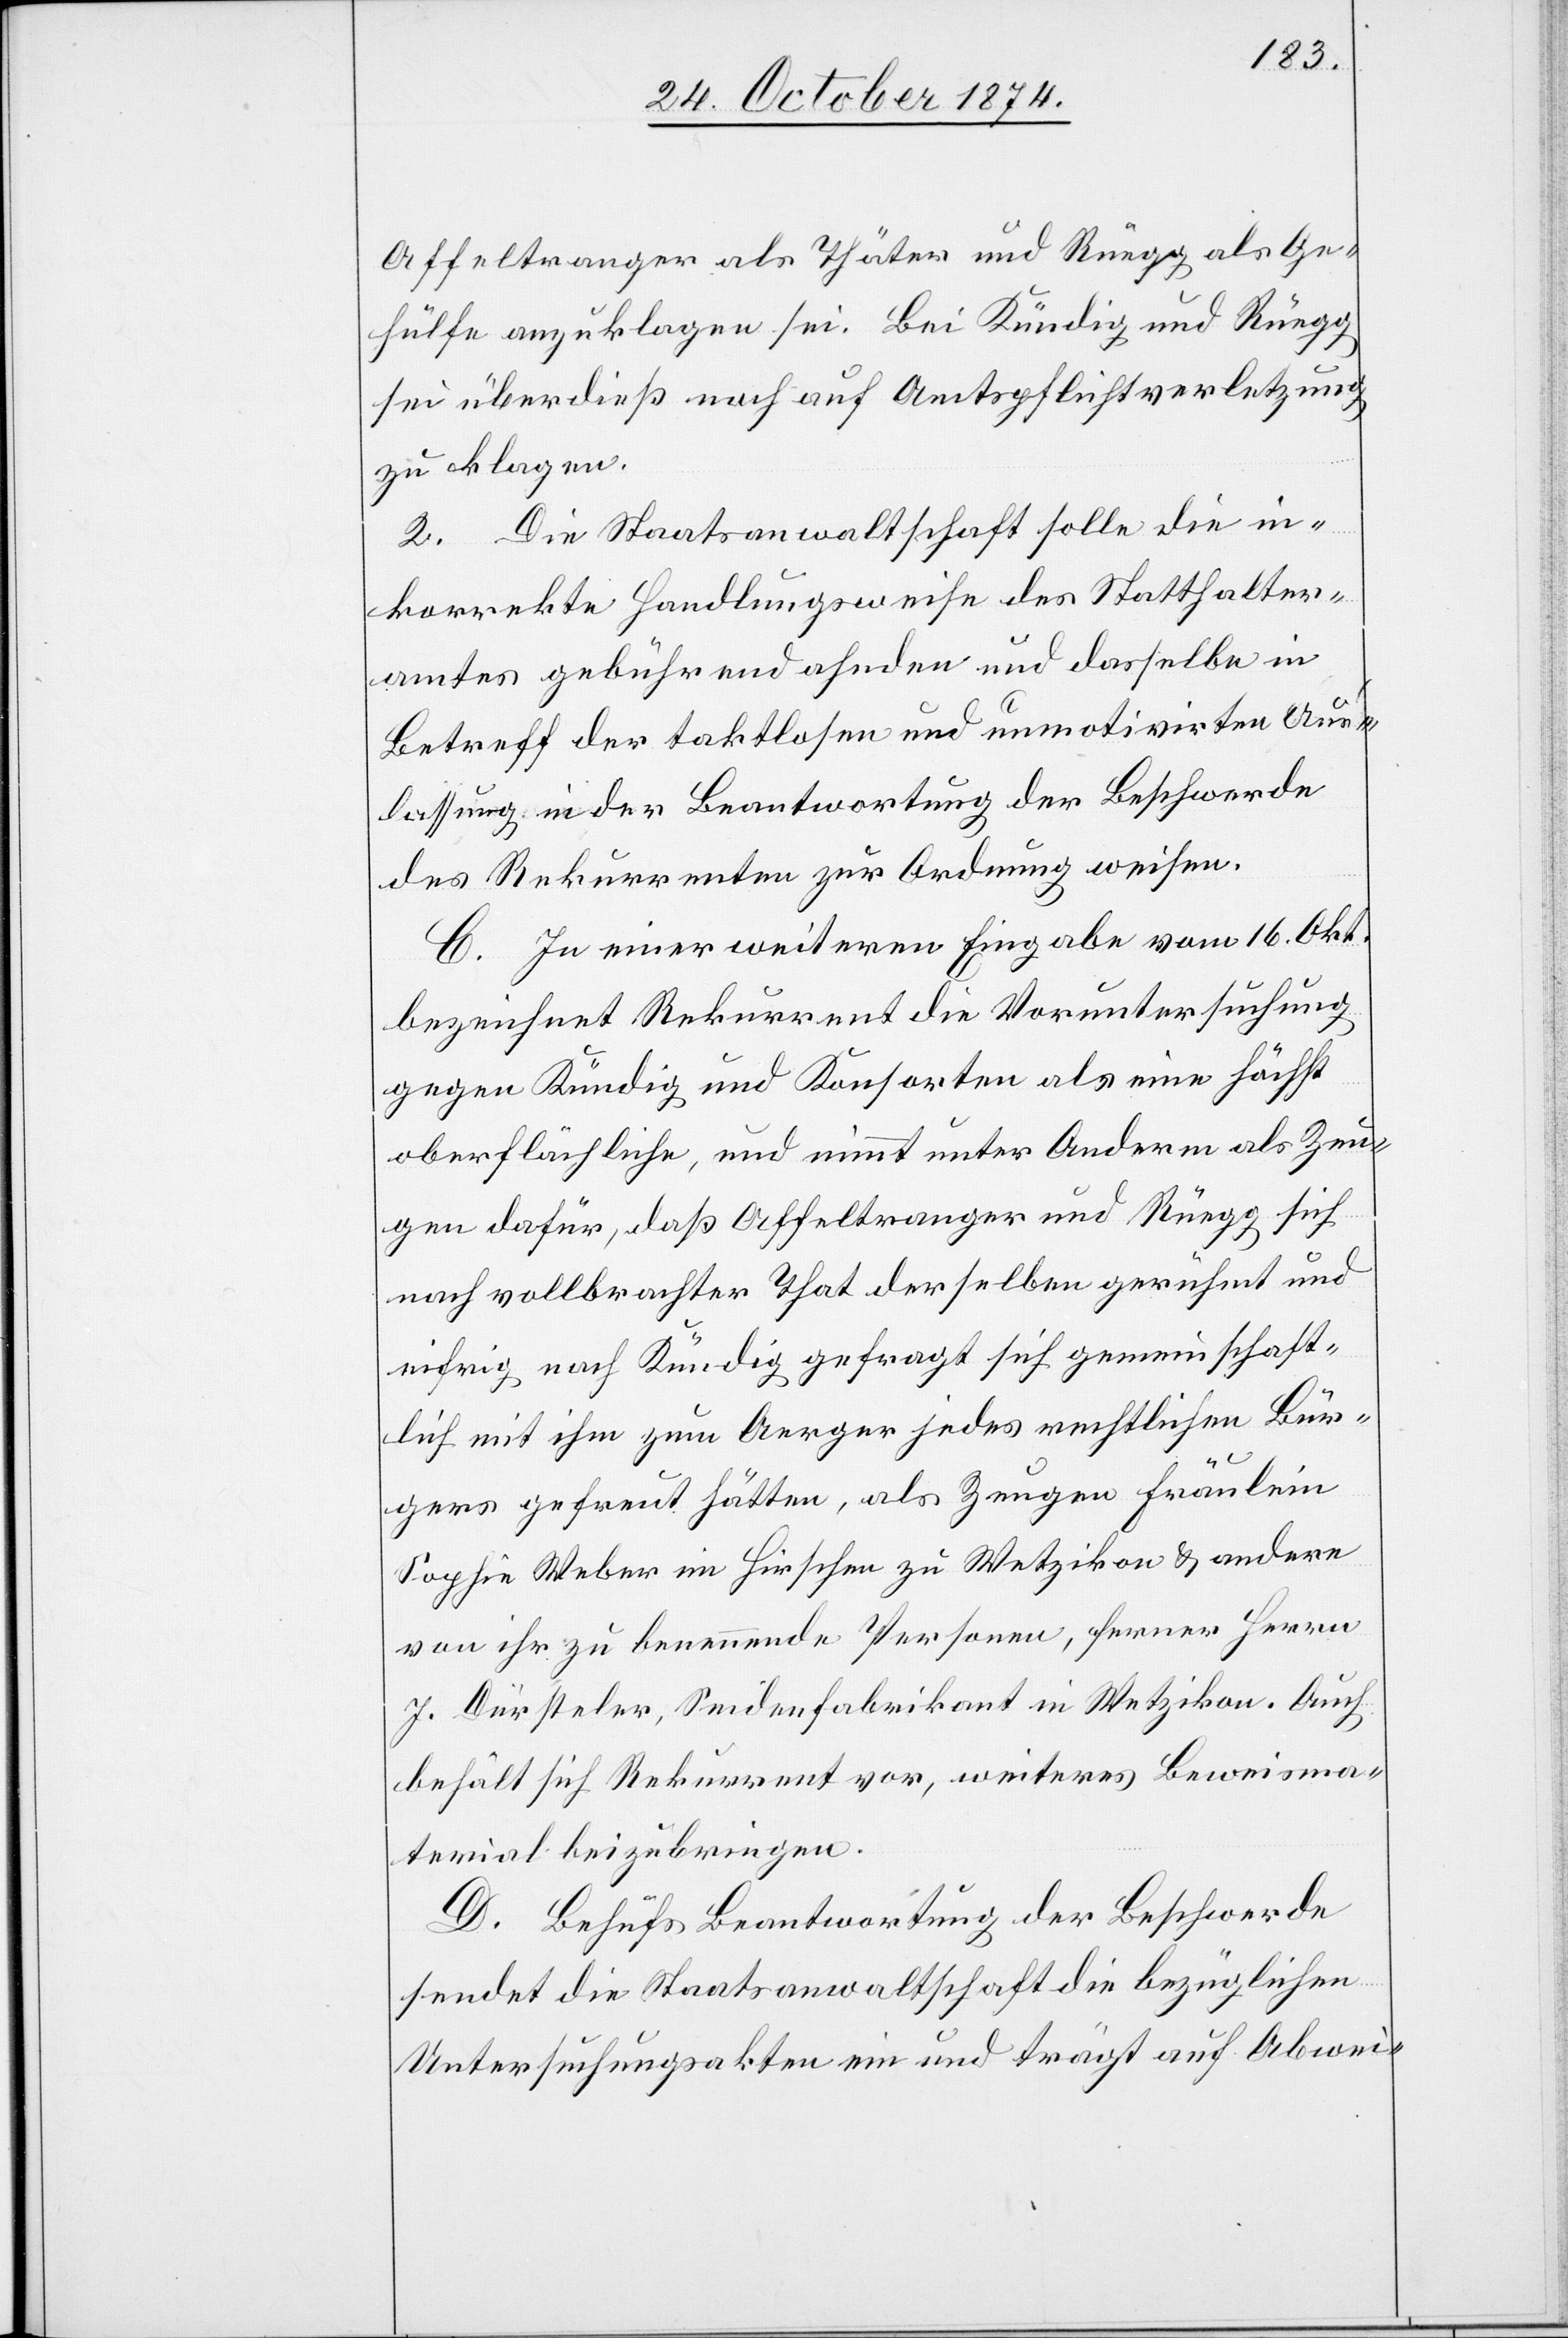
Affeltranger als Thäter und Rüegg als Ge¬
hülfe anzuklagen sei. Bei Kündig und Rüegg
sei überdieß noch auf Amtspflichtverletzung
zu klagen.
2. Die Staatsanwaltschaft solle die in¬
korrekte Handlungsweise des Statthalter¬
amtes gebührend ahnden und dasselbe in
Betreff der taktlosen und unmotivirten Aus¬
lassung in der Beantwortung der Beschwerde
des Rekurrenten zur Ordnung weisen.
C. In einer weitern Eingabe vom 16. Okt.
bezeichnet Rekurrent die Voruntersuchung
gegen Kündig und Konsorten als eine höchst
oberflächliche, und nimmt unter Anderm als Zeu¬
gen dafür, daß Affeltranger und Rüegg sich
nach vollbrachter That derselben gerühmt und
eifrig nach Kündig gefragt sich gemeinschaft¬
lich mit ihm zum Aerger jedes rechtlichen Bür¬
gers gefreut hätten, als Zeugen Fräulein
Sophie Weber im Hirschen zu Wetzikon & andere
von ihr zu benennende Personen, ferner Herrn
J. Dürsteler, Seidenfabrikant in Wetzikon. Auch
behält sich Rekurrent vor, weiteres Beweisma¬
terial beizubringen.
D. Behufs Beantwortung der Beschwerde
sendet die Staatsanwaltschaft die bezüglichen
Untersuchungsakten ein und trägt auf Abwei-